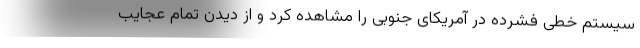
سيستم خطی فشرده در آمريکای جنوبی را مشاهده کرد و از دیدن تمام عجایب